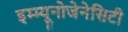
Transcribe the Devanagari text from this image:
इम्म्यूनोजेनेसिटी